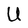
Character: U